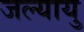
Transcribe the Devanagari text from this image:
जल्यायु